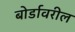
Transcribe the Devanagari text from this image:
बोर्डावरील